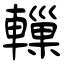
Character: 轈